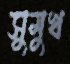
সুমুখ